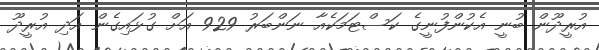
އުރީދޫން ބުނީ އެކުންފުނީގެ ކަސްޓަމަކެއާ ނަންބަރު 929 އަށް ގުޅައިގެން އަދި އުރީދޫ